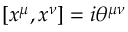
[ x ^ { \mu } , x ^ { \nu } ] = i \theta ^ { \mu \nu }